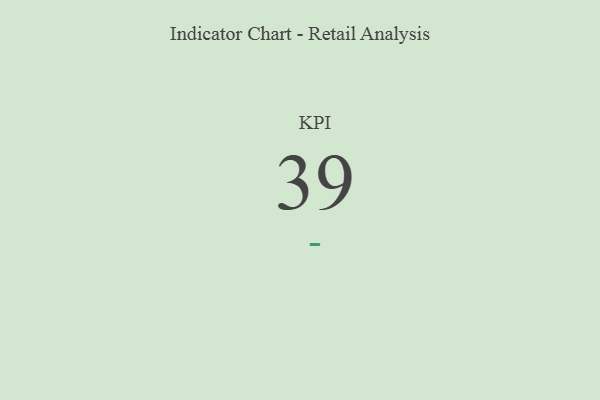
{"axis": {"x": "KPI", "y": "Value"}, "legend": [""], "data": [{"x": "KPI", "y": 39, "type": ""}]}